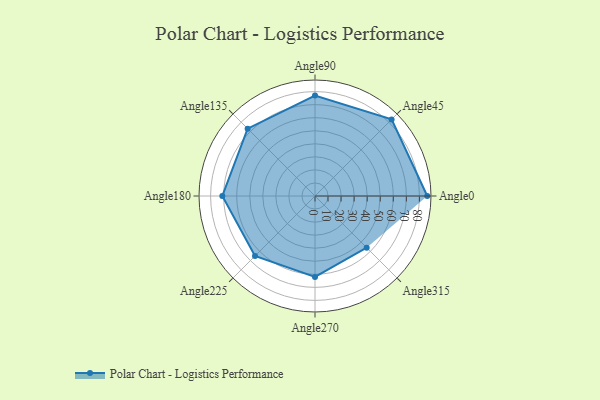
{"axis": {"x": "Angle", "y": "Radius"}, "legend": [""], "data": [{"x": "Angle0", "y": 86.0, "type": ""}, {"x": "Angle45", "y": 83.0, "type": ""}, {"x": "Angle90", "y": 77.0, "type": ""}, {"x": "Angle135", "y": 73.0, "type": ""}, {"x": "Angle180", "y": 71.0, "type": ""}, {"x": "Angle225", "y": 65.0, "type": ""}, {"x": "Angle270", "y": 62.0, "type": ""}, {"x": "Angle315", "y": 56.0, "type": ""}]}